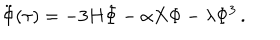
\ddot { \Phi } ( \tau ) = - 3 H \dot { \Phi } - \alpha X \Phi - \lambda \Phi ^ { 3 } \, .